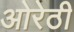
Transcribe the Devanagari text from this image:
ओरेठी